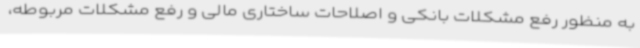
به منظور رفع مشکلات بانکی و اصلاحات ساختاری مالی و رفع مشکلات مربوطه،